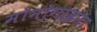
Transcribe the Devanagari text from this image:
मोनोगाइना